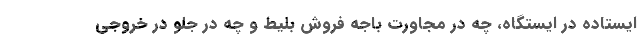
ایستاده در ایستگاه، چه در مجاورت باجه فروش بلیط و چه در جلو در خروجی